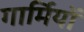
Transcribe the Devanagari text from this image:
गार्मियों